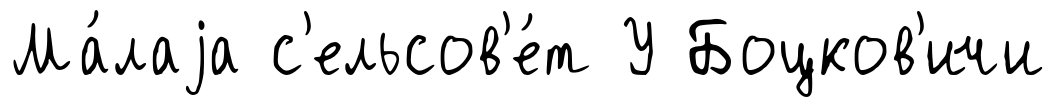
Ма́лаjа с'ельсов'е́т У Боцков'ичи